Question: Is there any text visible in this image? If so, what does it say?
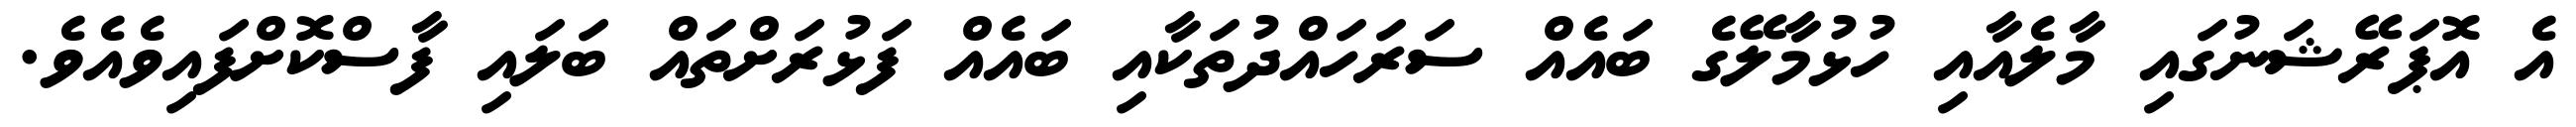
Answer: އެ އޮޕަރޭޝަނުގައި މާލެއާއި ހުޅުމާލޭގެ ބައެއް ސަރަހައްދުތަކާއި ބައެއް ފަޅުރަށްތައް ބަލައި ފާސްކޮށްފައިވެއެވެ.